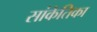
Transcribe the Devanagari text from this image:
सांकेतिका